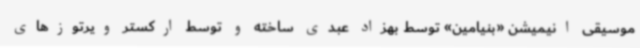
موسیقی انیمیشن «بنیامین» توسط بهزاد عبدی ساخته و توسط ارکستر ویرتوزهای